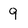
Character: 9